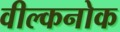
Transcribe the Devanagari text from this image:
वील्कनोक